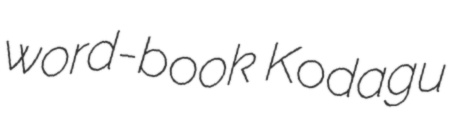
word-book Kodagu